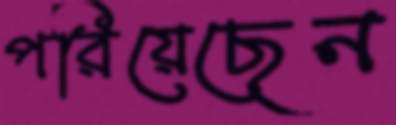
পরিয়েছেন